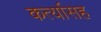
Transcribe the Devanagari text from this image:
कर्त्यासह